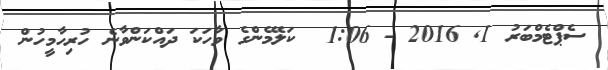
ސެޕްޓެމްބަރު 1